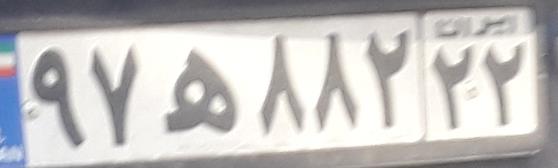
۹۷ه۸۸۲۲۲